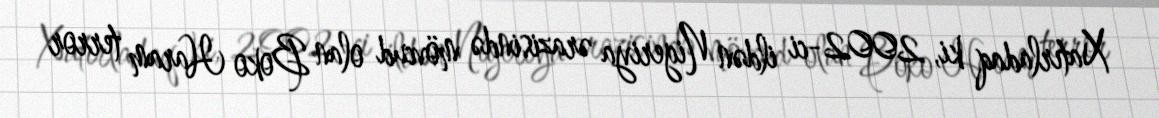
Xatırladaq ki, 2002-ci ildən Nigeriya ərazisində mövcud olan Boko Haram terror